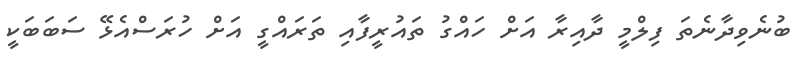
ބުނެވިދާނެތަ ފިލްމީ ދާއިރާ އަށް ހައްގު ތައުރީފާއި ތަރައްގީ އަށް ހުރަސްއެޅޭ ސަބަބަކީ